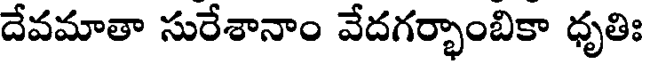
దేవమాతా సురేశానాం వేదగర్భాంబికా ధృతిః